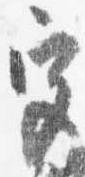
宮